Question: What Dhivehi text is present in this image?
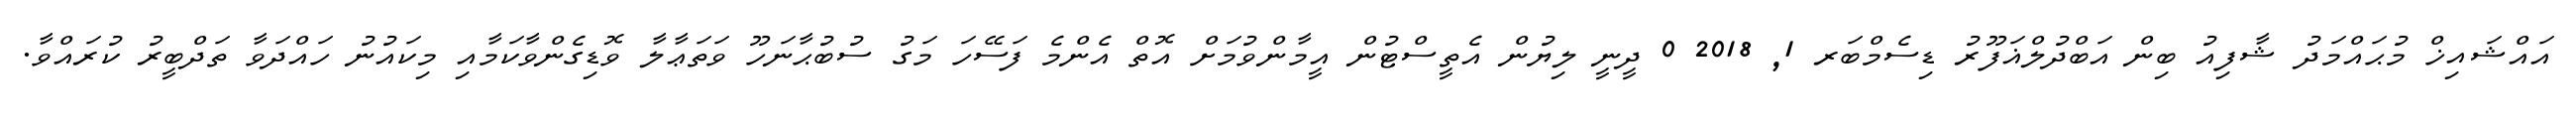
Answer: އައްޝައިޚް މުޙައްމަދު ޝާފިއު ބިން އަބްދުލްޣަފޫރު ޑިސެމްބަރ 1, 2018 0 ދީނީ ލިޔުން އެތީސްޓުން އީމާންވުމަށް އޮތް އެންމެ ފަސޭހަ މަގު ސުބުޙާނަހޫ ވަތަޢާލާ ވޮޑިގެންވާކަމާއި މިކައުނު ހައްދަވާ ތަދްބީރު ކުރައްވާ.